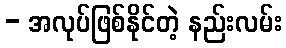
- အလုပ်ဖြစ်နိုင်တဲ့ နည်းလမ်း